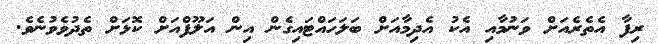
ރިފާ އެތެރެއަށް ވަނުމާއި އެކު އެދިމާއަށް ބަލަހައްޓައިގެން އިން އަލޫފްއަށް ކޮޅަށް ތެދުވެވުނެވެ.